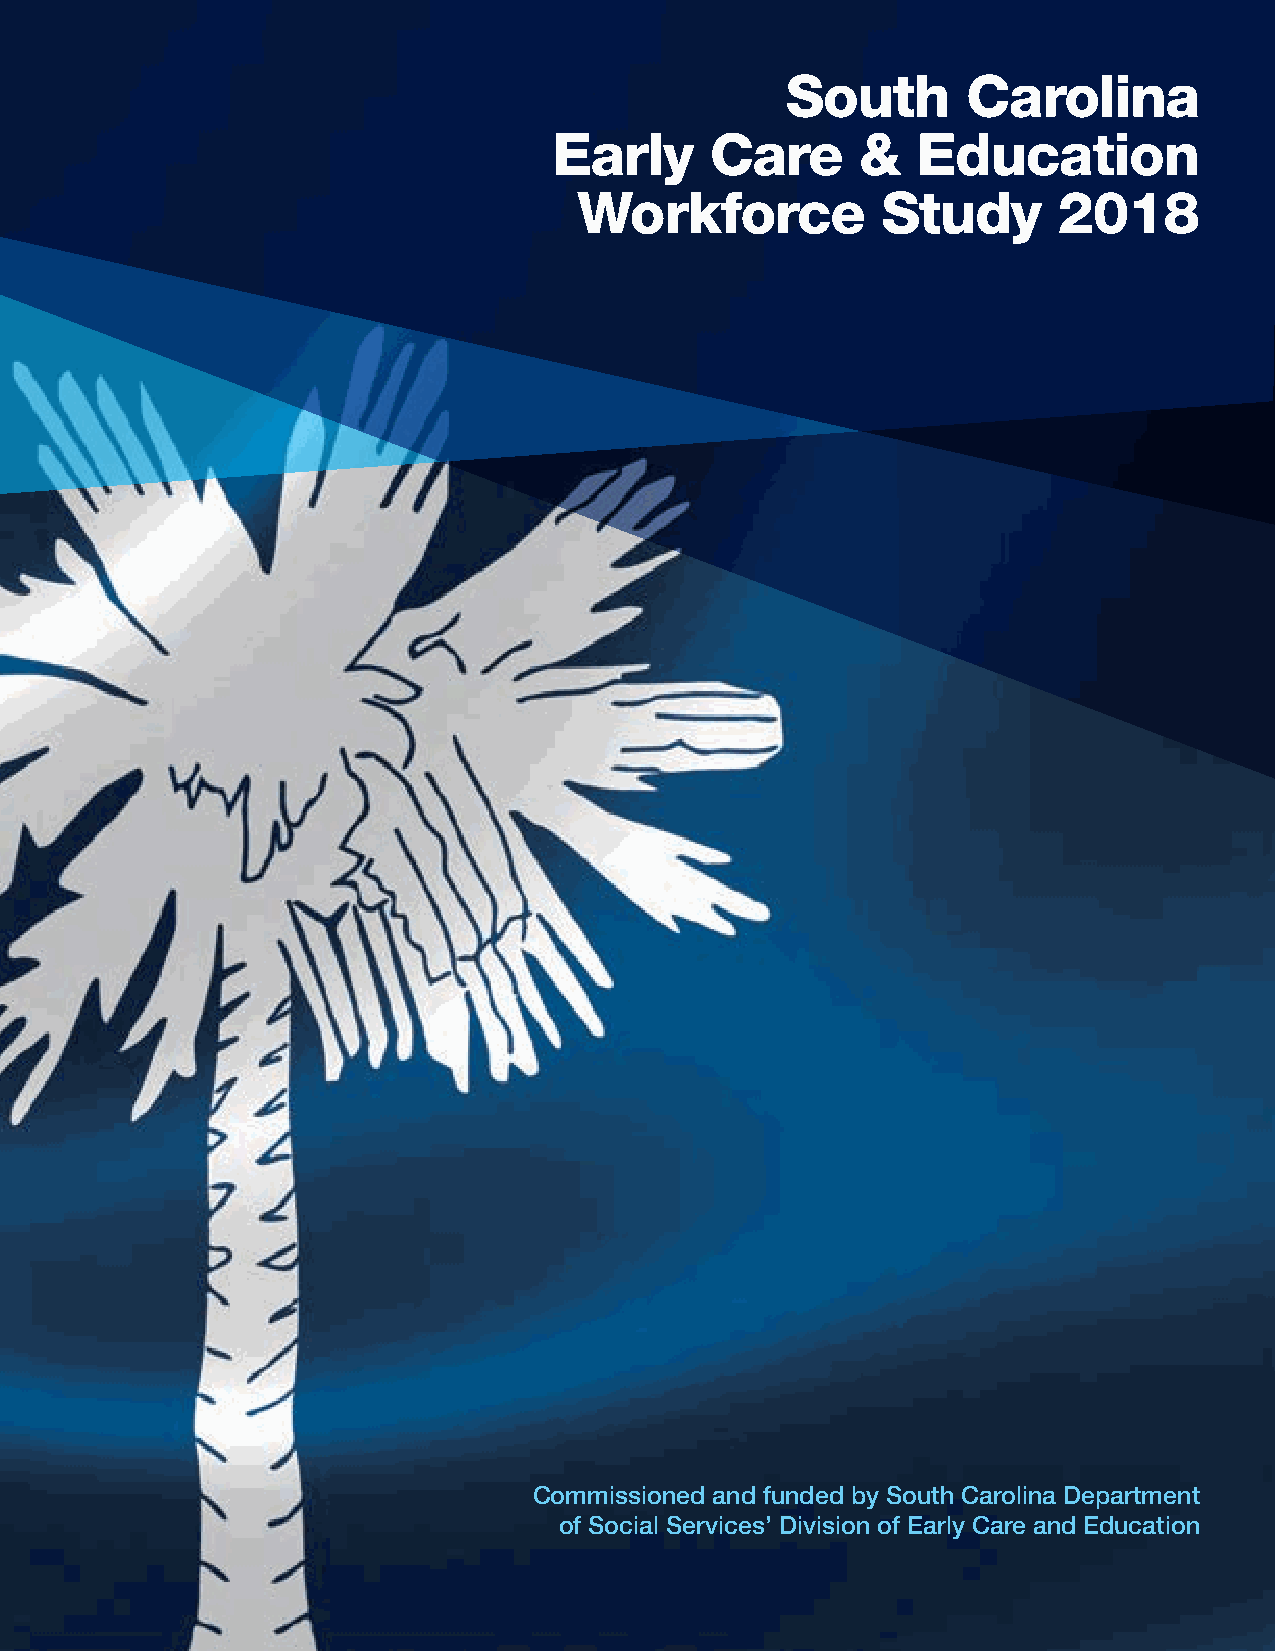
South       Carolina
 Early     Care      &   Education
 Workforce           Study       2018
 Commissioned and funded by South Carolina Department
 of Social Services’ Division of Early Care and Education